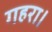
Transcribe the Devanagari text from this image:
गहरा।